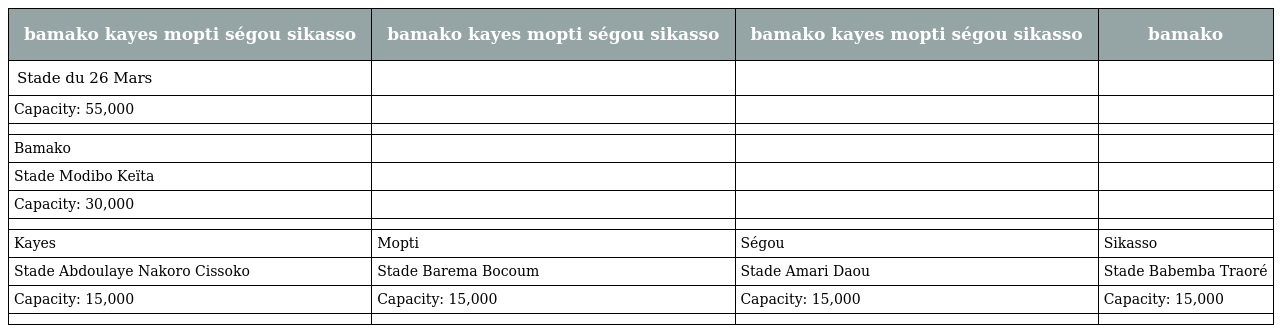
| bamako kayes mopti ségou sikasso | bamako kayes mopti ségou sikasso | bamako kayes mopti ségou sikasso | bamako |
 | --- | --- | --- | --- |
 | Stade du 26 Mars |  |  |  |
 | Capacity: 55,000 |  |  |  |
 |  |  |  |  |
 | Bamako |  |  |  |
 | Stade Modibo Keïta |  |  |  |
 | Capacity: 30,000 |  |  |  |
 |  |  |  |  |
 | Kayes | Mopti | Ségou | Sikasso |
 | Stade Abdoulaye Nakoro Cissoko | Stade Barema Bocoum | Stade Amari Daou | Stade Babemba Traoré |
 | Capacity: 15,000 | Capacity: 15,000 | Capacity: 15,000 | Capacity: 15,000 |
 |  |  |  |  |